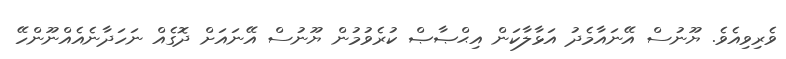
ވެރިވިއެވެ. ޔޫނުސް އޭނައާމެދު އަޅާލާކަން އިޙްޞާޞް ކުރެވުމުން ޔޫނުސް އޭނައަށް ދޮގެއް ނަހަދާނެއެއްނޫންހޭ